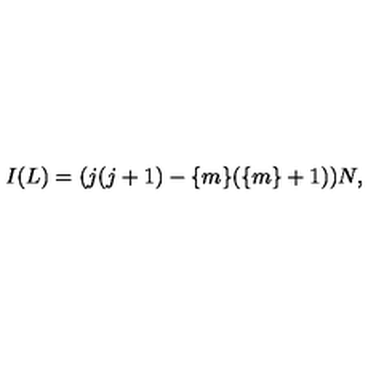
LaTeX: I ( L ) = ( j ( j + 1 ) - \{ m \} ( \{ m \} + 1 ) ) N ,